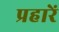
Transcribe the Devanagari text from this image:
प्रहारें